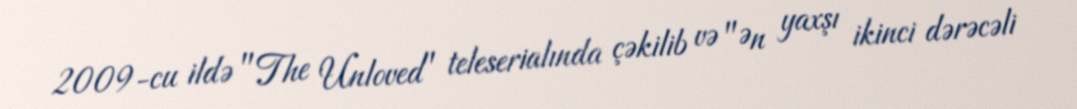
2009-cu ildə "The Unloved" teleserialında çəkilib və "Ən yaxşı ikinci dərəcəli